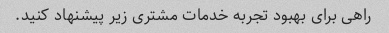
راهی برای بهبود تجربه خدمات مشتری زیر پیشنهاد کنید.